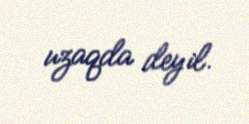
uzaqda deyil.